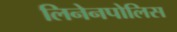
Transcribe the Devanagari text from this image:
लिनेनपोलिस